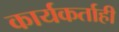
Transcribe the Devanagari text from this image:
कार्यकर्ताही